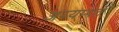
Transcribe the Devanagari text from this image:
अय्यप्पत्त